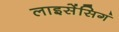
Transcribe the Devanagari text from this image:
लाइसेंसिगं